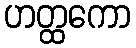
ဟတ္ထကော